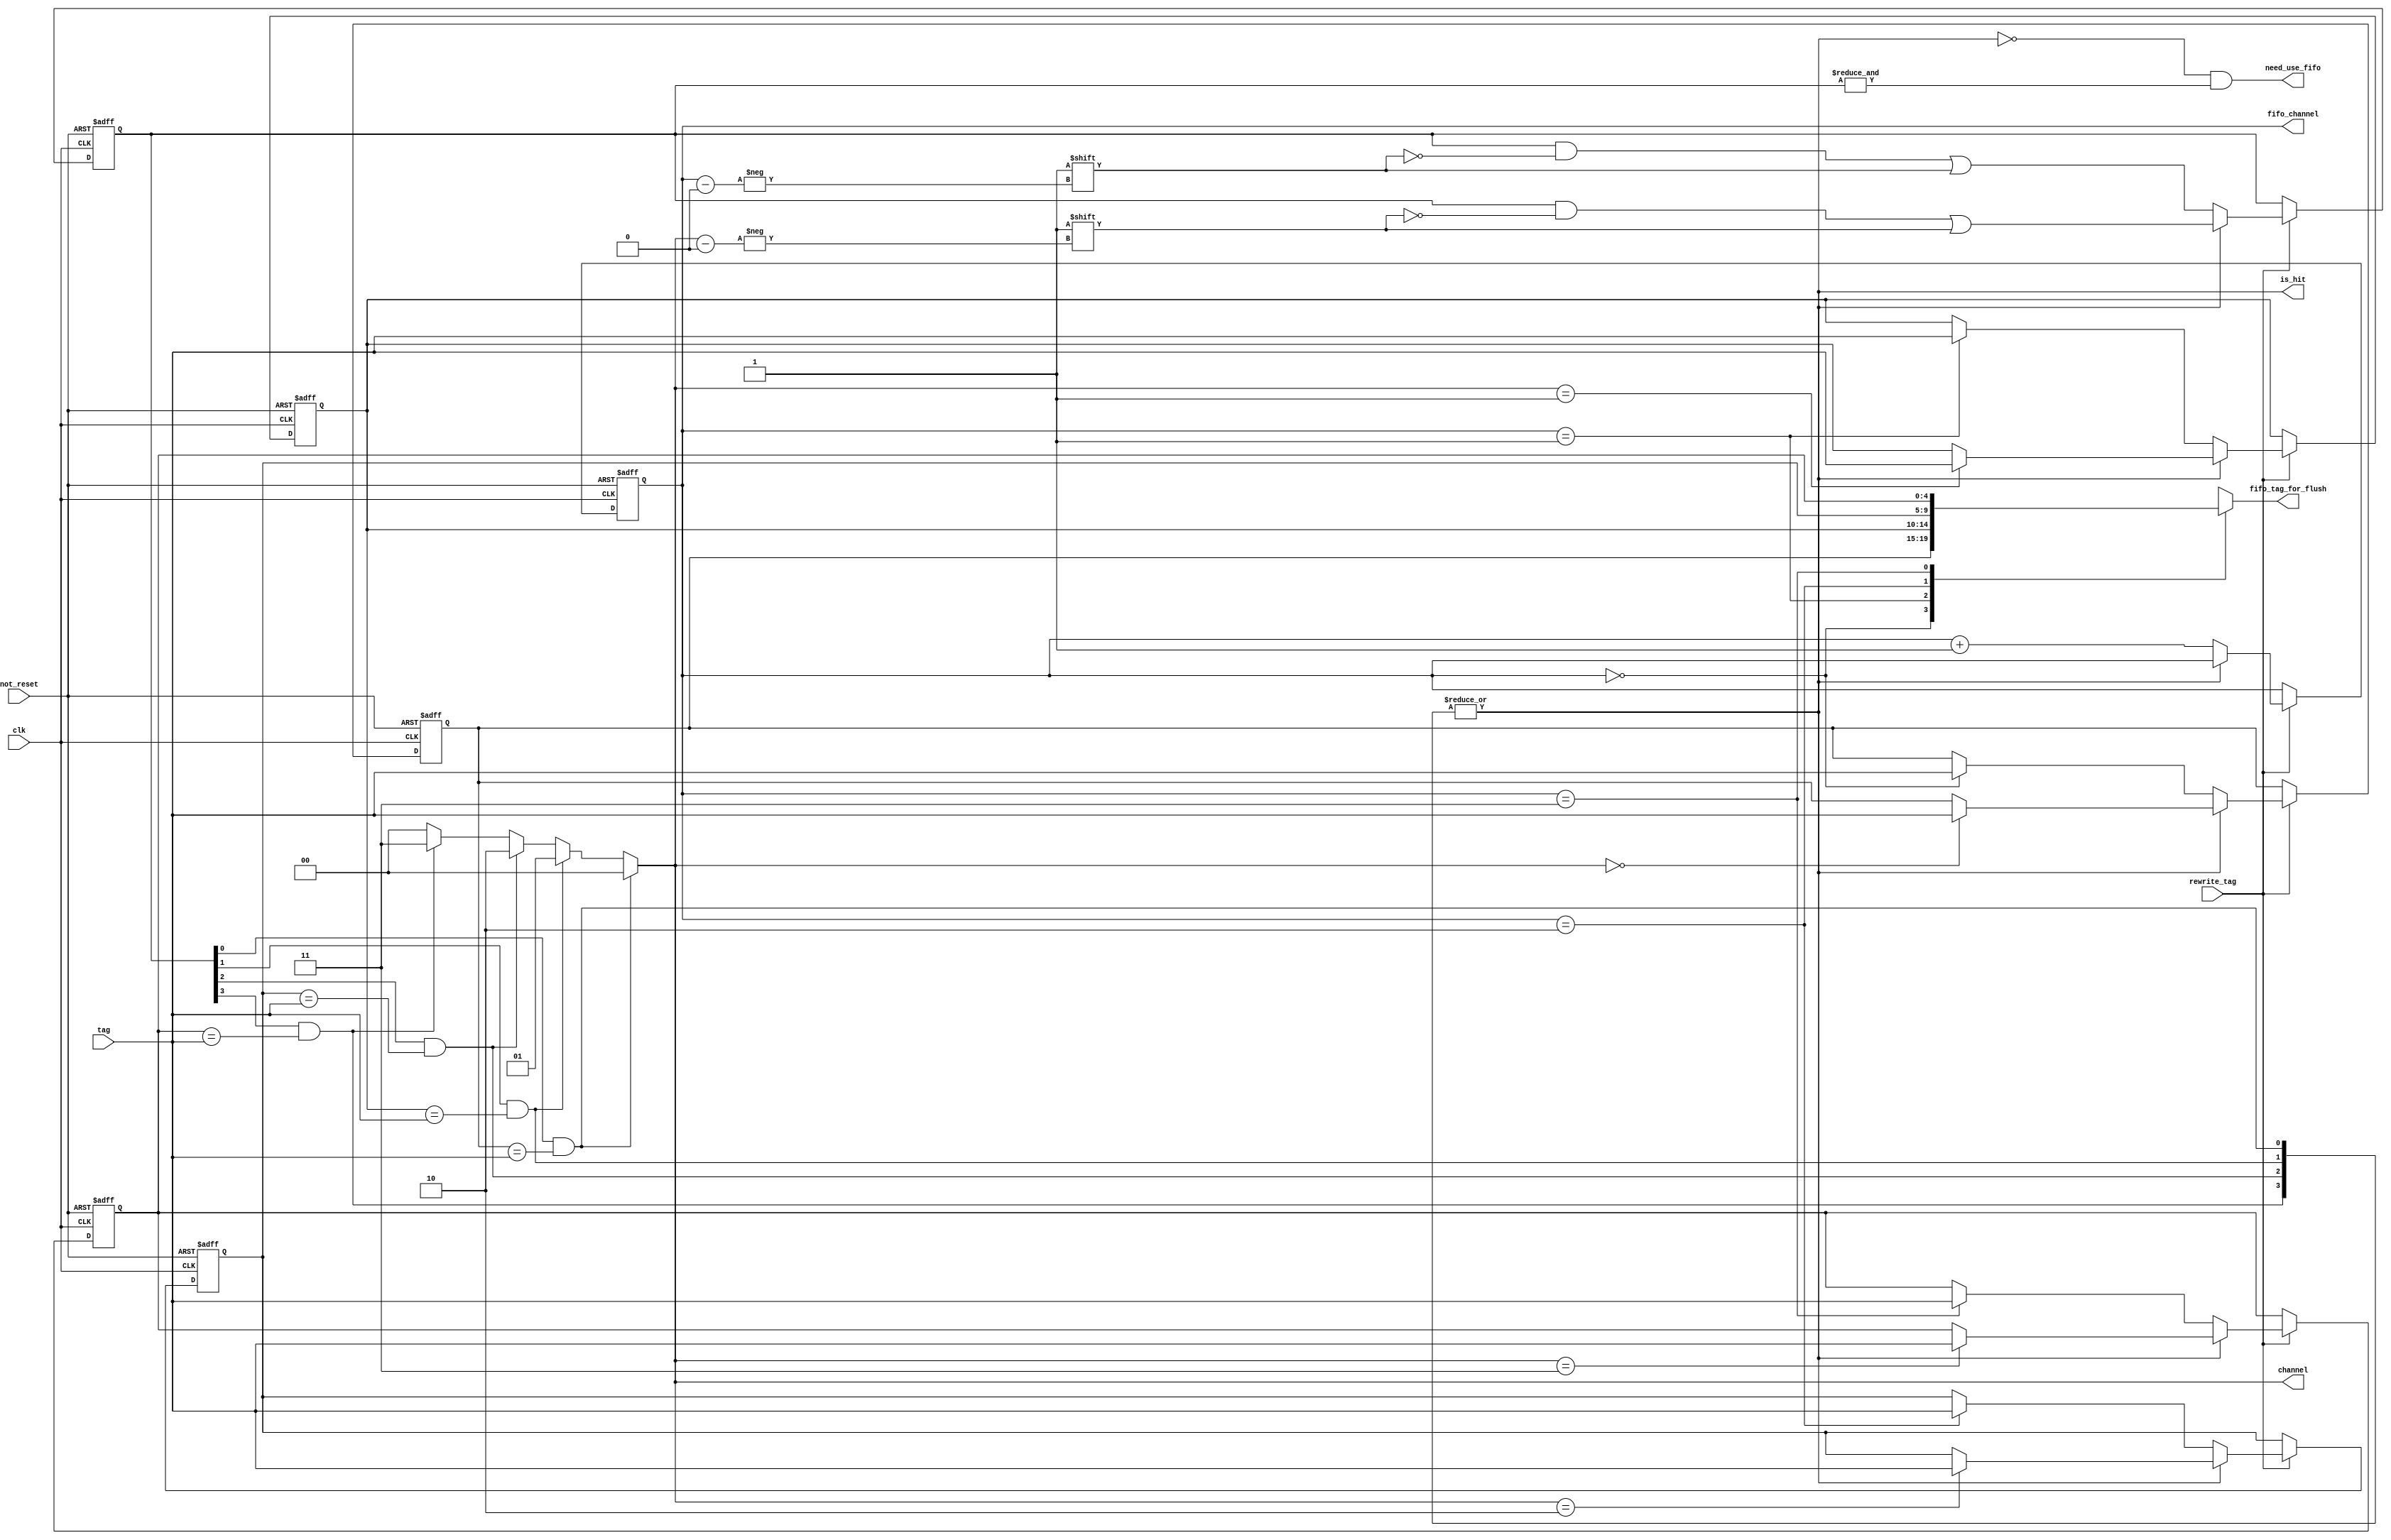
module bank_of_tags
       #(
           parameter TAG_SIZE = 5,
           parameter CHANNELS_COUNT = 4,
           parameter CH_NUM_WIDTH = 2
       )
       (
           input                         clk,
           input                         not_reset,
           input [TAG_SIZE-1:0]          tag,
           input                         rewrite_tag,

           output                        is_hit,
           output                        need_use_fifo,

           output reg [CH_NUM_WIDTH-1:0] channel,
           output reg [CH_NUM_WIDTH-1:0] fifo_channel,
           output reg [TAG_SIZE-1:0]     fifo_tag_for_flush
       );

reg     [TAG_SIZE-1:0]       memories_of_tags [CHANNELS_COUNT-1:0];
reg     [CH_NUM_WIDTH-1:0]   current_fifo;
reg     [CHANNELS_COUNT-1:0] valid_tags;
wire    [CHANNELS_COUNT-1:0] hits;

integer i;
genvar j;
wire is_full = & valid_tags;

always @* begin
    casex(hits)
        4'bxxx1: channel = 0;
        4'bxx1x: channel = 1;
        4'bx1xx: channel = 2;
        4'b1xxx: channel = 3;
        default: channel = 0;
    endcase
end

always @* begin
    fifo_channel = current_fifo;
    fifo_tag_for_flush = memories_of_tags[current_fifo];
end

generate
    for(j = 0; j < CHANNELS_COUNT; j = j + 1) begin : gen_hits
        assign hits[j] = (valid_tags[j] && (memories_of_tags[j] == tag));
    end
    endgenerate

        assign is_hit  = |hits;
assign need_use_fifo = !is_hit && is_full;

always @(posedge clk or negedge not_reset) begin
    if (!not_reset) begin
        valid_tags   <= 4'b0;
        current_fifo <= 0;

        for(i = 0; i < CHANNELS_COUNT; i = i + 1) begin
            memories_of_tags[i] <= 5'b0;
        end
    end
    else if (rewrite_tag) begin
        if (is_hit) begin
            memories_of_tags[channel] <= tag;
            valid_tags[channel]       <= 1;
        end
        else begin
            memories_of_tags[current_fifo] <= tag;
            valid_tags[current_fifo]       <= 1;
            current_fifo                   <= current_fifo + 1;
        end
    end
end
endmodule
module memory_of_tags
    #(
        parameter TAG_SIZE = 5,
        parameter INDEX_SIZE = 8,
        parameter CH_NUM_WIDTH = 2,
        parameter BANKS_COUNT = 256
    )
    (
        input                         clk,
        input                         not_reset,
        
        input [TAG_SIZE-1:0]          tag,
        input [INDEX_SIZE-1:0]        index,
        
        input                         rewrite_tag,       // rewrite_tag - перезапись тэга

        output                        is_hit,
        output                        need_use_fifo,     // Что использовать chan или fifo_chan

        output reg [CH_NUM_WIDTH-1:0] channel,
        output reg [CH_NUM_WIDTH-1:0] fifo_channel,

        output reg [TAG_SIZE-1:0]     fifo_tag_for_flush // Старый тэг для вытиснения
    );


wire [BANKS_COUNT-1:0] hits;

assign is_hit = | hits;
assign need_use_fifo = need_use_fifos[index];

wire [BANKS_COUNT-1:0]  tags_for_write;
wire [BANKS_COUNT-1:0]  need_use_fifos;

wire [CH_NUM_WIDTH-1:0] channels [BANKS_COUNT-1:0];
wire [CH_NUM_WIDTH-1:0] fifo_channels [BANKS_COUNT-1:0];
wire [TAG_SIZE-1:0]     fifo_tags_for_flush [BANKS_COUNT-1:0];

genvar i;
integer j;

for(i = 0; i < BANKS_COUNT; i = i + 1) begin : gen_writes
    assign tags_for_write[i] = (index == i) & rewrite_tag;
end


always @* begin
    for(j = 0; j < BANKS_COUNT; j = j + 1) begin
        if (index == j) begin
            channel = channels[j];
            fifo_channel = fifo_channels[j];
            fifo_tag_for_flush = fifo_tags_for_flush[j];
        end
    end
end


for(i = 0; i < BANKS_COUNT; i = i + 1) begin : gen_banks
    bank_of_tags bank(
                     .tag(tag),
                     .clk(clk),
                     .not_reset(not_reset),
                     .rewrite_tag(tags_for_write[i]),
                     .is_hit(hits[i]),
                     .need_use_fifo(need_use_fifos[i]),
                     .channel(channels[i]),
                     .fifo_channel(fifo_channels[i]),
                     .fifo_tag_for_flush(fifo_tags_for_flush[i])
                 );
end

endmodule